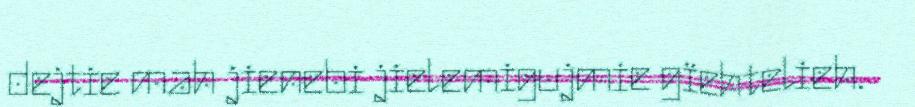
dejtie mah jienebi jielemigujmie gïehtelieh.